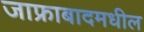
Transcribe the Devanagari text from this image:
जाफ्राबादमधील